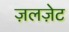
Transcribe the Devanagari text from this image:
ज़लज़ेट